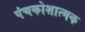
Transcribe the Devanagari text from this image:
पंचकोशात्मक